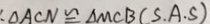
: \Delta A C N \cong \Delta M C B ( S . A . S )